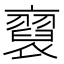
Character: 𧞂